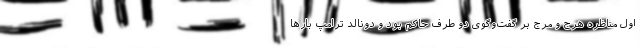
اول مناظره هرج و مرج بر گفت‌وگوی دو طرف حاکم بود و دونالد ترامپ بارها